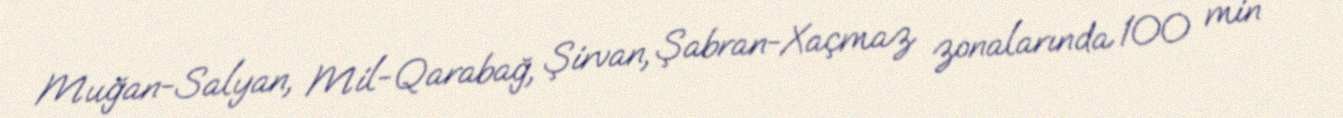
Muğan-Salyan, Mil-Qarabağ, Şirvan, Şabran-Xaçmaz zonalarında 100 min